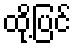
ထို့ပြင်